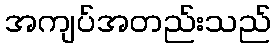
အကျပ်အတည်းသည်